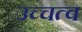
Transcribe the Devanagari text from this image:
उच्चत्व